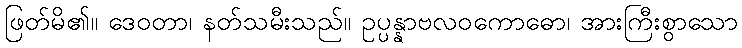
ဖြတ်မိ၏။ ဒေဝတာ၊ နတ်သမီးသည်။ ဥပ္ပန္နာဗလဝကောဓော၊ အားကြီးစွာသော